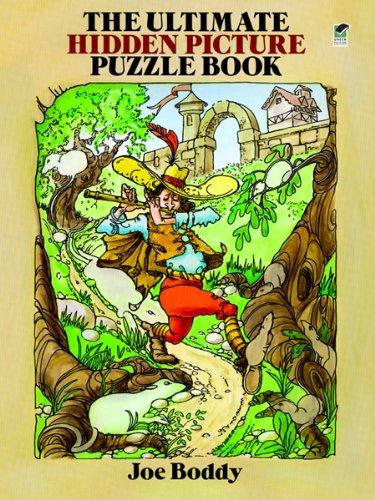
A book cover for The Ultimate Hidden Picture Puzzle Book (Dover Children's Activity Books); Joe Boddy; Humor & Entertainment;